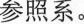
参照系。